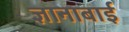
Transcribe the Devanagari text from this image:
ज्ञानाबाई